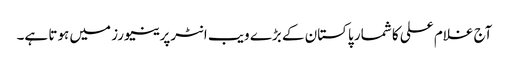
آج غلام علی کا شمار پاکستان کے بڑے ویب انٹرپرینیورز میں ہوتا ہے۔